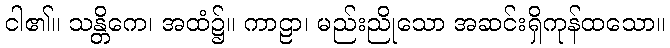
ငါ၏။ သန္တိကေ၊ အထံ၌။ ကာဠာ၊ မည်းညိုသော အဆင်းရှိကုန်ထသော။